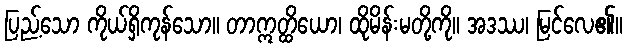
ပြည့်သော ကိုယ်ရှိကုန်သော။ တာဣတ္ထိယော၊ ထိုမိန်းမတို့ကို။ အဒဿ၊ မြင်လေ၏။